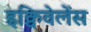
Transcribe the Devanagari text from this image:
इक्विवेलेंस